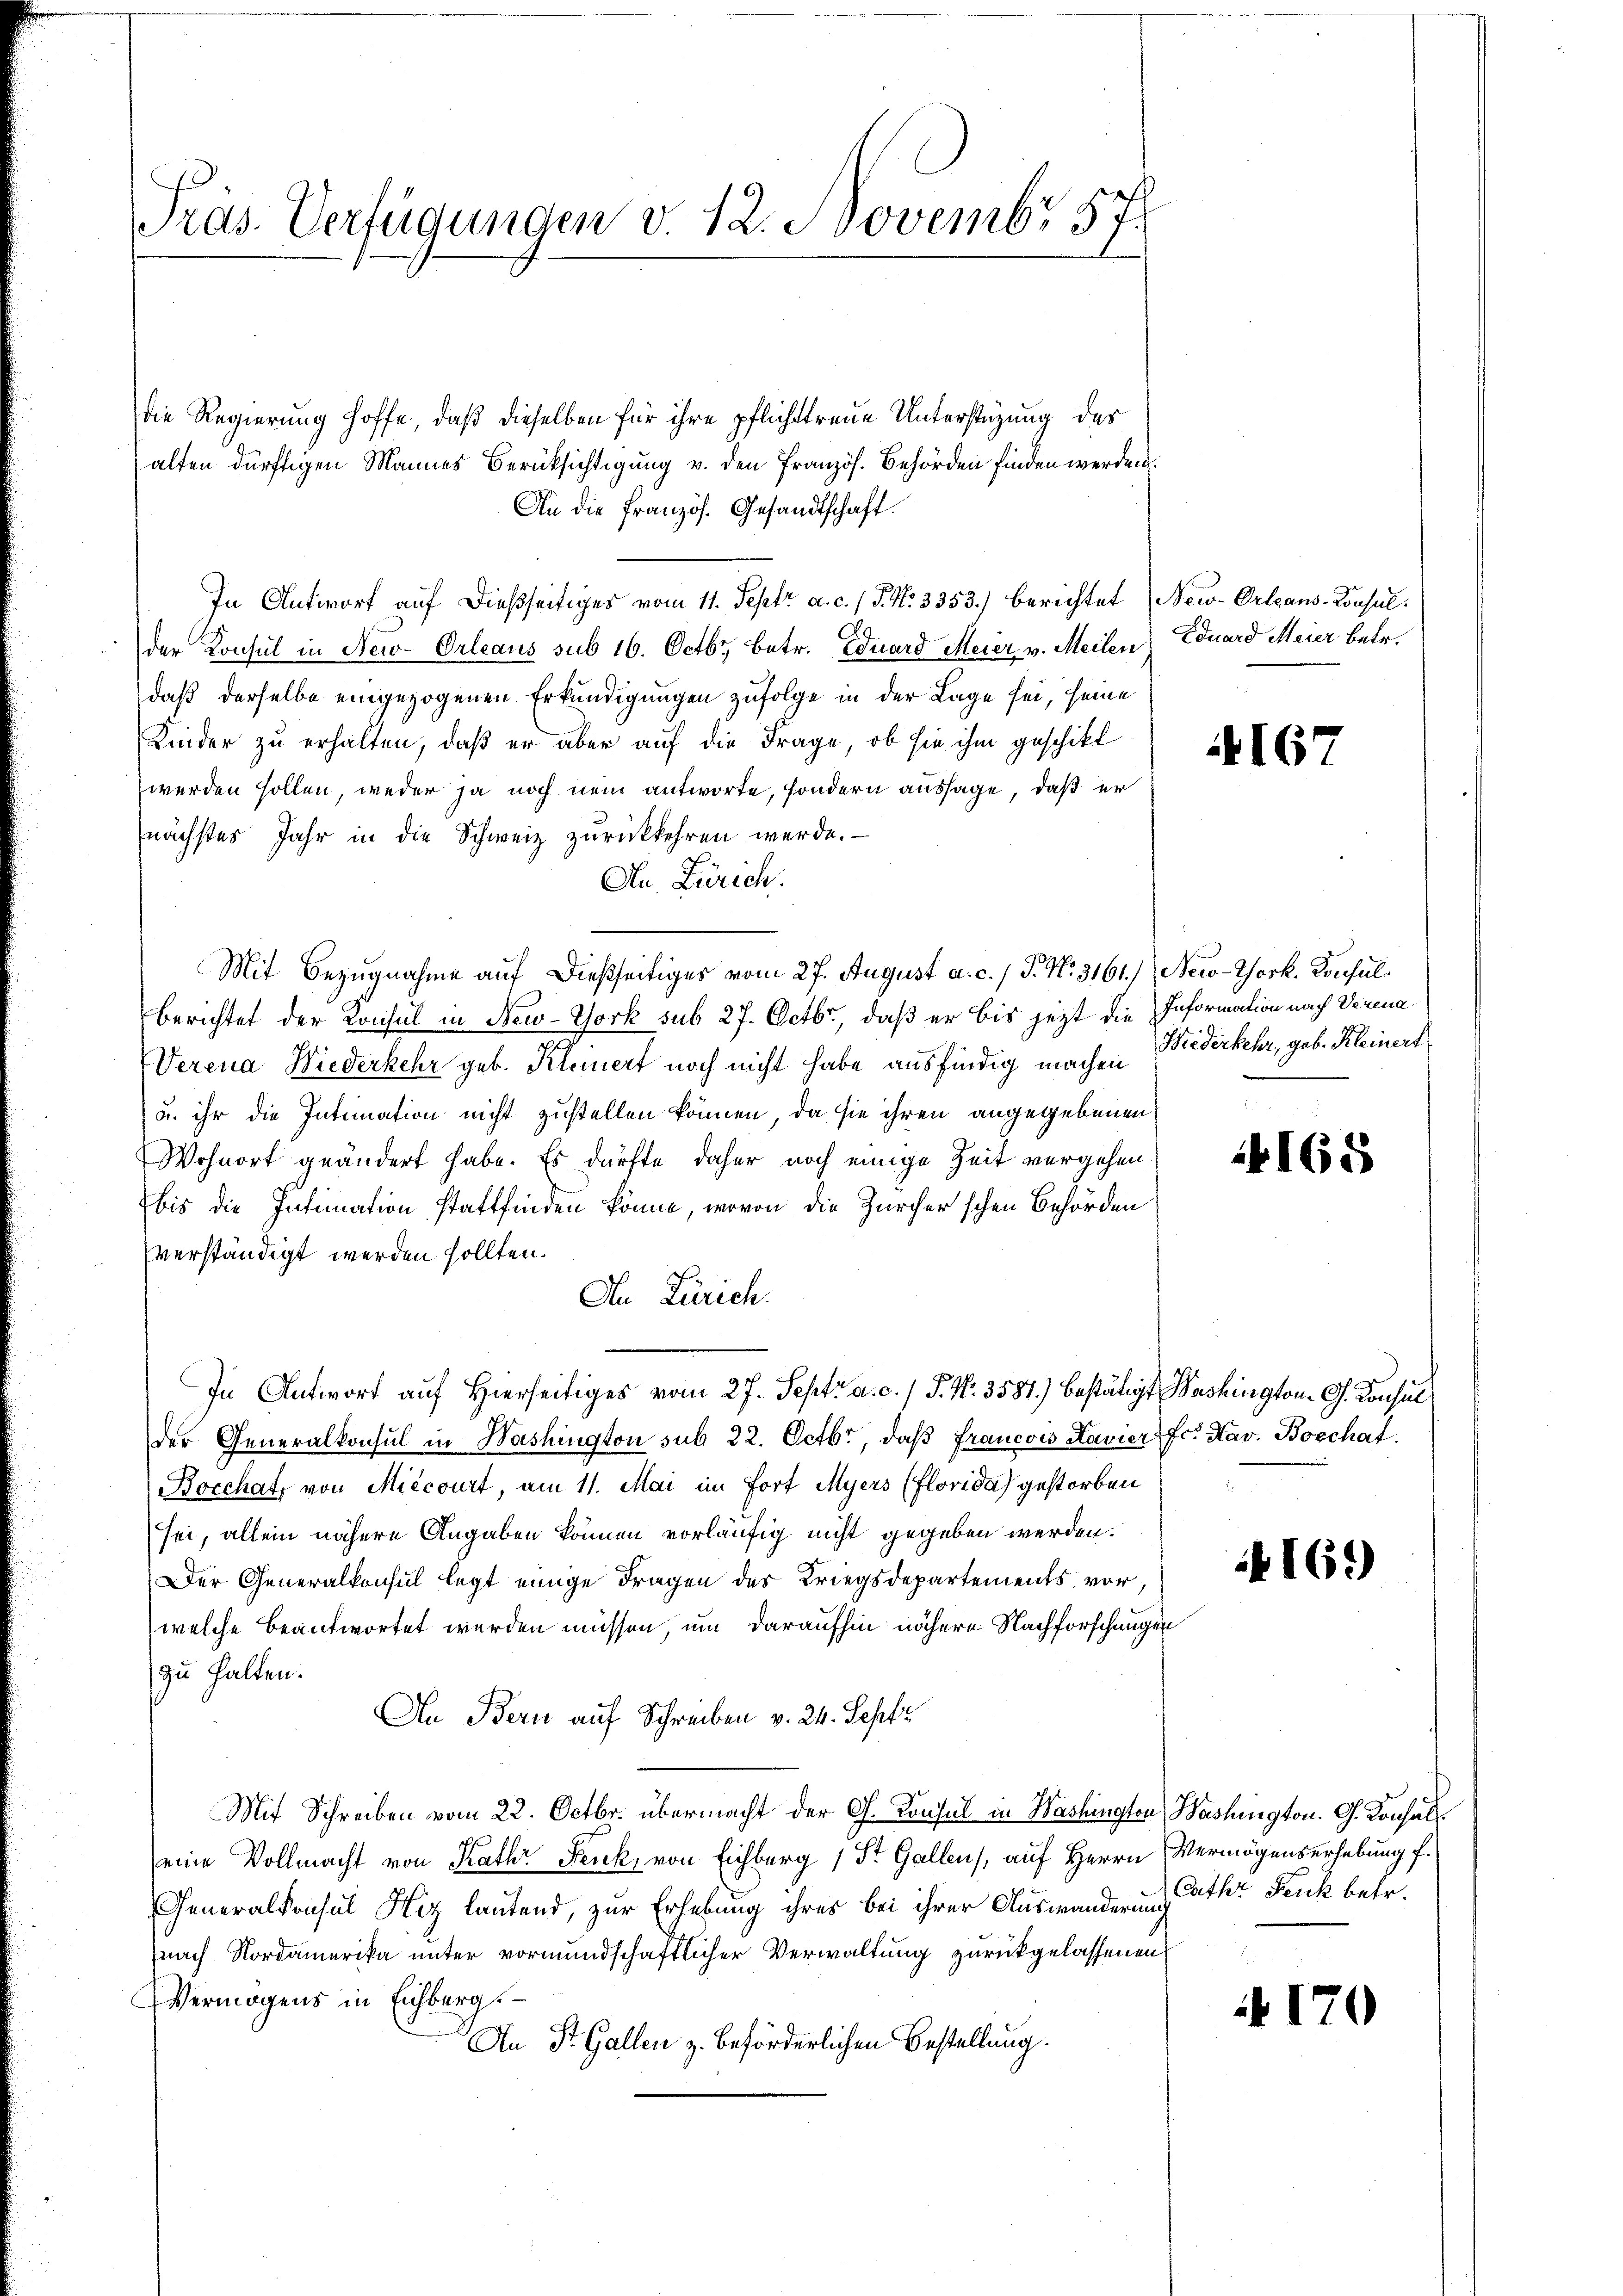
Tras. Verfügungen v. 12. Novembr 57.

die Regierung hoffe, daß dieselben für ihre pflichttreue Unterstüzung des
alten dürftigen Mannes Berücksichtigung v. den Französ. Behörden finden werden.
An die Französ. Gesandtschaft.
In Antwort auf dießseitiges vom 11. Septr a. c. / J. N. 3353) berichtet (New-Orleans-Konsul
der Konsul in New-Orleaus sub 16. Octbr., betr. Eduard Meier v. Meilen Eduard Meier betr.
daß derselbe eingezogenen Erkundigungen zufolge in der Lage sei, seine
Kinder zu erhalten, daß er aber auf die Frage, ob sie ihm geschikt
werden sollen, weder ja noch nein antworte, sondern aussage, daß er
nächstes Jahr in die Schweiz zurückkehren werde.
An Zürich.
Mit Bezugnahme auf dießseitiges vom 27. August a. c. / P. Nr. 3161/ (New-York. Konsulberichtet der Konsul in New-York sub 27. Octbr., daß er bis jezt die Information nach Verena
Verena Wiederkehr geb. Klemert noch nicht habe ausfindig machen Mederkehr, geb. Kleinert
u. ihr die Intimation nicht zustellen können, da sie ihren angegebenen
Wohnort geändert habe. Es dürfte daher noch einige Zeit vergehen.
bis die Intimation stattfinden könne, wovon die Zürcher'schen Behörden
verständigt werden sollten.
An Zürich.
In Antwort auf Hierseitiges vom 27. Septr a. c. / P. Nr. 3581) bestätigt Washington G. Konsul
der Generalkonsul in Washington sub 22. Octbr, daβ Francow Navier fr. Xav. Boechat
Bocchatz von Miecourt, am 11. Mai im Fort Myers (Florida gestorben
sei, allein nähere Angaben können vorläufig nicht gegeben werden.
Der Generalkonsul legt einige Fragen des Kriegsdepartements vor,
welche beantwortet werden müssen, um daraufhin nähere Nachforschungen
zu halten.
An Bern auf Schreiben v. 24. Sept
Mit Schreiben vom 22. Octbr. übermacht der G. Konsul in Washington Washington. G. Konsal
eine Vollmacht von Kathr Fenk, von Eichberg 1 St. Gallen, auf Herrn
Generalkonsul Hiz lautend, zur Erhebung ihres bei ihrer Auswanderung ther Fenk betr.
(nach Nordamerika unter vormundschaftlicher Verwaltung zurückgelassenen
Vermögens in Eichberg.
An St. Gallen z. beförderlichen Bestellung.

167

4165

16.)

Vermögenserhebung f.

170